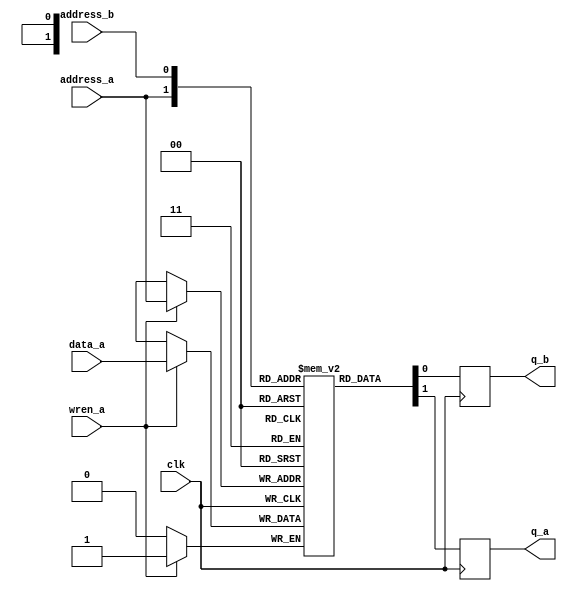
module simple_bidir_ram(
    input                       clk,
    
    input       [widthad-1:0]   address_a,
    input                       wren_a,
    input       [width-1:0]     data_a,
    output reg  [width-1:0]     q_a,
    
    input       [widthad-1:0]   address_b,
    output reg  [width-1:0]     q_b
);
parameter width     = 1;
parameter widthad   = 1;

reg [width-1:0] mem [(2**widthad)-1:0];

always @(posedge clk) begin
    if(wren_a) mem[address_a] <= data_a;
    
    q_a <= mem[address_a];
end

always @(posedge clk) begin
    q_b <= mem[address_b];
end

endmodule